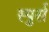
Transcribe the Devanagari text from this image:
स्पुर्स